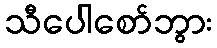
သီပေါစော်ဘွား